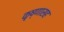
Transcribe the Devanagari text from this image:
कृष्णासह